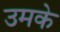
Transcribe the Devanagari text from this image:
उमके